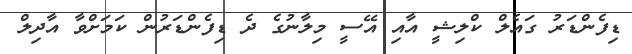
ޑިފެންޑަރު ގައެލް ކްލިޝީ އާއި އޭސީ މިލާނުގެ ދެ ޑިފެންޑަރުން ކަމަށްވާ އާދިލް